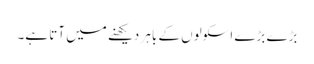
بڑے بڑے اسکولوں کے باہر دیکھنے میں آتا ہے۔